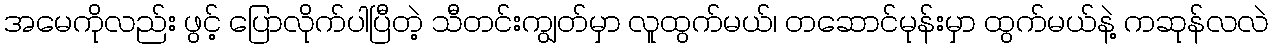
အမေကိုလည်း ဖွင့် ပြောလိုက်ပါပြီတဲ့ သီတင်းကျွတ်မှာ လူထွက်မယ်၊ တဆောင်မုန်းမှာ ထွက်မယ်နဲ့ ကဆုန်လလဲ